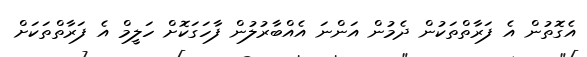
އެގޮތުން އެ ފަރާތްތަކުން ދެމުން އަންނަ އެއްބާރުލުން ފާހަގަކޮށް ހަލީމް އެ ފަރާތްތަކަށް